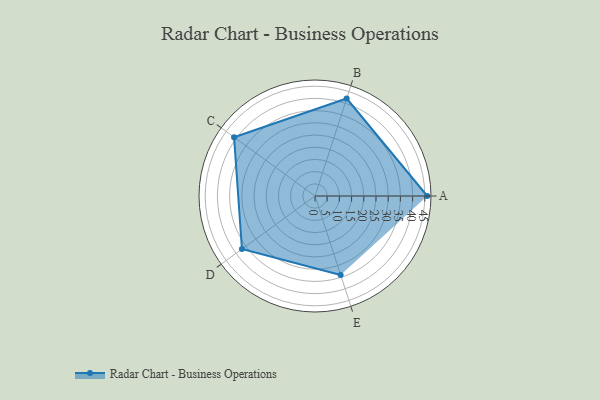
{"axis": {"x": "Skill", "y": "Score"}, "legend": ["Profile"], "data": [{"x": "A", "y": 46.0, "type": "Profile"}, {"x": "B", "y": 42.0, "type": "Profile"}, {"x": "C", "y": 41.0, "type": "Profile"}, {"x": "D", "y": 37.0, "type": "Profile"}, {"x": "E", "y": 34.0, "type": "Profile"}]}